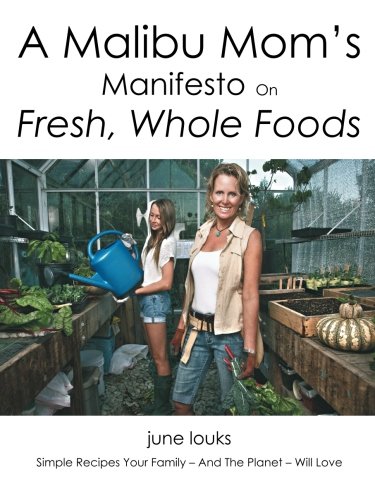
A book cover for A Malibu Mom's Manifesto on Fresh, Whole Foods: Simple Recipes Your Family - And The Planet - Will Love; June Louks; Cookbooks, Food & Wine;